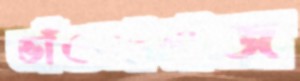
ভাঁওতাবাজ